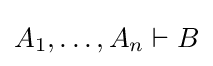
A_{1},\ldots ,A_{n}\vdash B